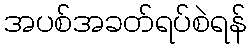
အပစ်အခတ်ရပ်စဲရန်